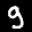
Label: 9